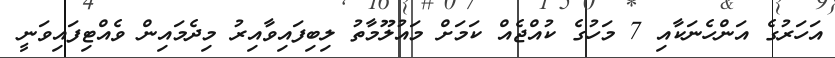
އަހަރުގެ އަންހެނަކާއި 7 މަހުގެ ކުއްޖެއް ކަމަށް މައުލޫމާތު ލިބިފައިވާއިރު މިދެމައިން ވެއްޓިފައިވަނީ